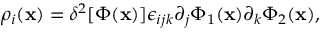
\rho _ { i } ( { \bf x } ) = \delta ^ { 2 } [ \Phi ( { \bf x } ) ] \epsilon _ { i j k } \partial _ { j } \Phi _ { 1 } ( { \bf x } ) \partial _ { k } \Phi _ { 2 } ( { \bf x } ) ,